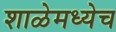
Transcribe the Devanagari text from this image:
शाळेमध्येच